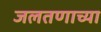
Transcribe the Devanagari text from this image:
जलतणाच्या